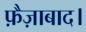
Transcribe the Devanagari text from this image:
फ़ैज़ाबाद।